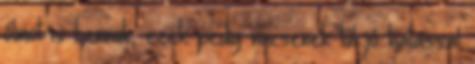
ólmot is bennük, ezek pedig nincsenek túl jó hatással